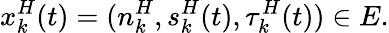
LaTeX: x_{k}^{H}(t)=(n_{k}^{H},s_{k}^{H}(t),\tau_{k}^{H}(t))\in E.